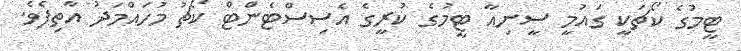
ޓީމުގެ ކޯޗަކީ ގައުމީ ސީނިއާ ޓީމުގެ ކުރީގެ އެސިސްޓެންޓް ކޯޗު މުހައްމަދު އާތިފެވެ.